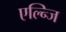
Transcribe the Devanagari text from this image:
एल्न्जि